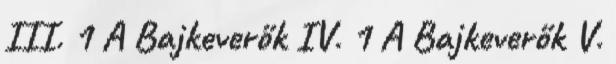
III. 1 A Bajkeverők IV. 1 A Bajkeverők V.